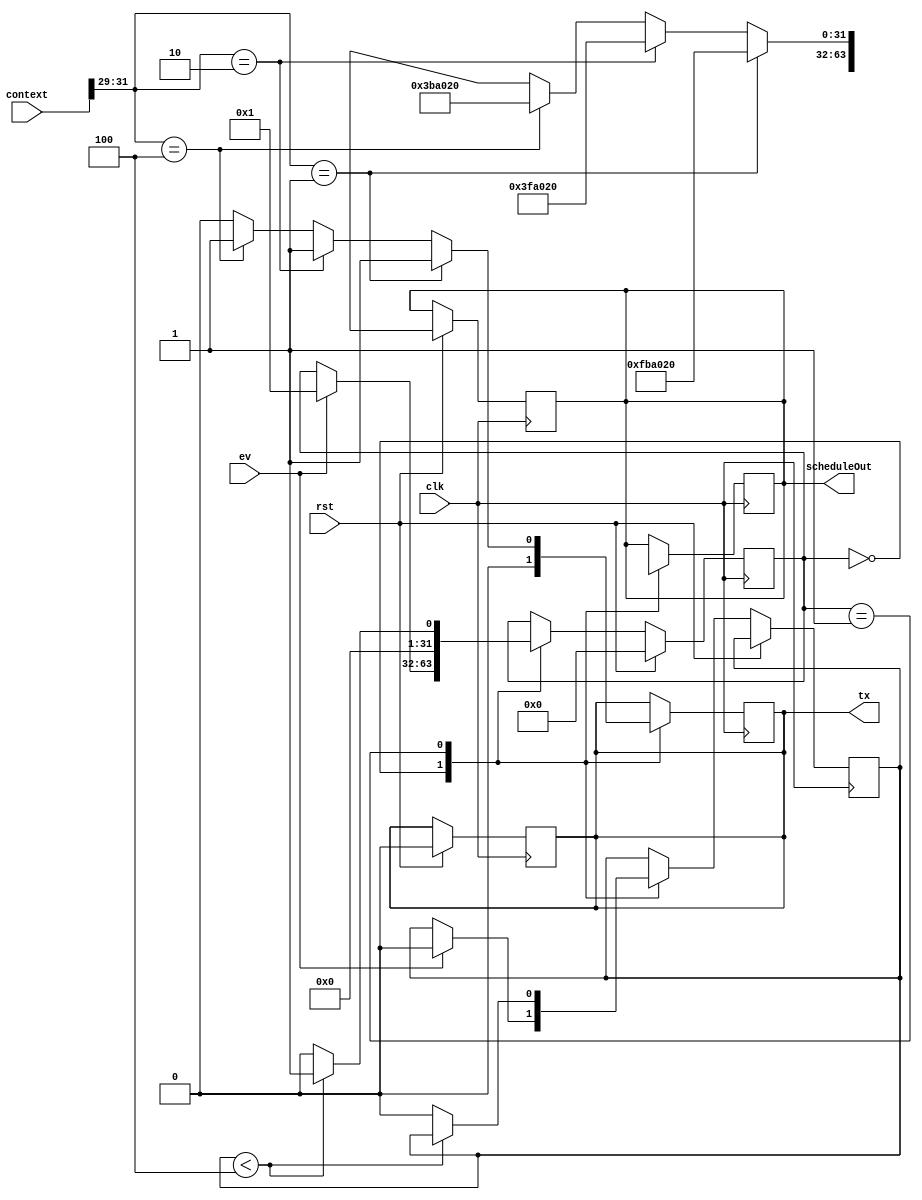
module aisim(
             clk,
             rst,
             ev,
             context,
             scheduleOut,
             tx
             );
  input clk;
  input rst;
  input ev;
  input [31:0] context;
  
  output reg tx;
  output reg [31:0] scheduleOut; 
  
  integer state ;
  integer count ;
  
  always @ (posedge clk)
    begin
      if (rst)
        begin
          state <= 0;
          tx <= 0;
          scheduleOut <= 32'dx;
          count <= 0;
        end 
      else
        begin
          case (state)
            0:
              begin
                if (ev)
                  begin
                    state <= 1;
                    counter <= 0;
                  end 
              end
            
            1:
              begin
                if (counter < 4)
                  begin
                    state <= 1;
                  end 
                else
                  begin
                    state <=0;
                    counter <= 0;
                  end
              end 
          endcase
        end 
    end 
  
  always @ (negedge clk)
    begin
      case (state)
        0:
          begin
            tx <= 0;
            scheduleOut <=32'dx;
          end 
        1:
          begin
            // select right schedule
            if (context[31:29] == 3'b001)
              begin
                tx <= 1;
                scheduleOut <= 32'b00000000111110111010000000100000;
              end 
            else if  (context[31:29] == 3'b010)
              begin
                tx <= 1;
                scheduleOut <= 32'b00000000001111111010000000100000;
              end 
            else if (context[31:29]  == 3'b100)
              begin
                tx <= 1;
                scheduleOut <= 32'b00000000001110111010000000100000;
              end
            else 
              begin
                tx <= 0;
                scheduleOut <= 32'dx;
              end 
          end 
      endcase
    end 
  
endmodule